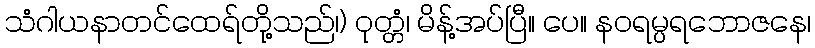
သံဂါယနာတင်ထေရ်တို့သည်၊) ဝုတ္တံ၊ မိန့်အပ်ပြီ။ ပေ။ နဝရမ္ပရဘောဇနေ၊